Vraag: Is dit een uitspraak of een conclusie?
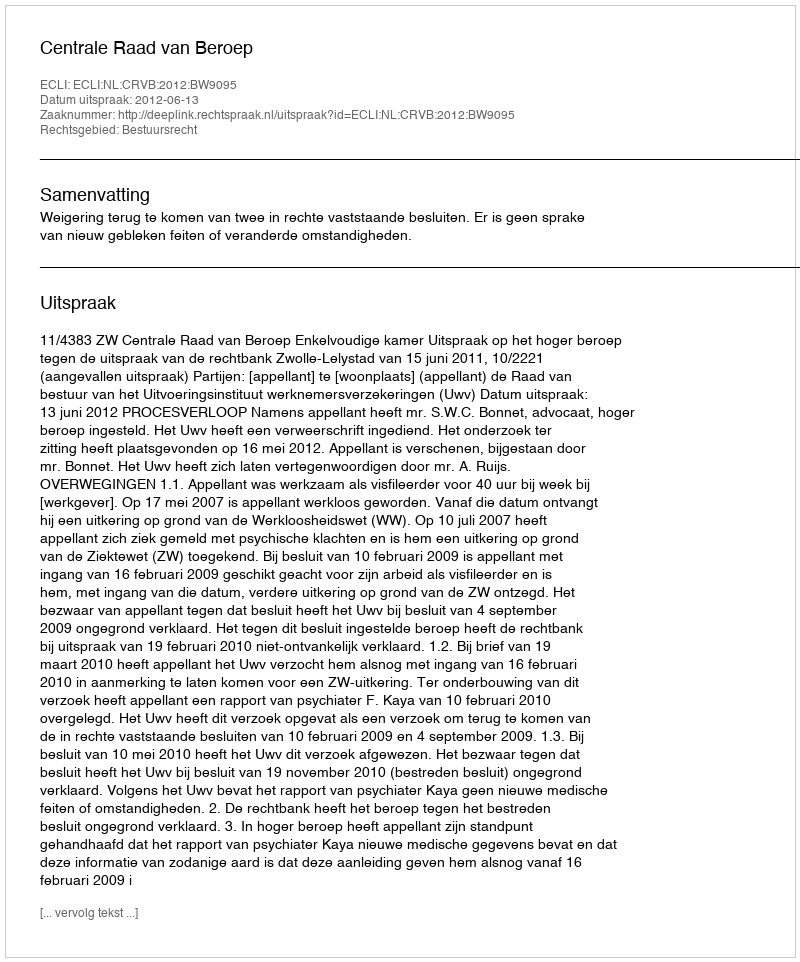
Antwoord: Uitspraak